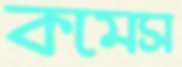
কমেস